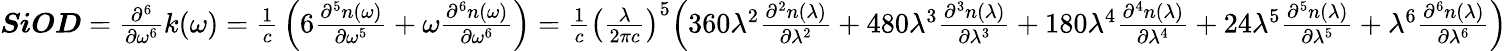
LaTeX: {\begin{array}{l}{{\boldsymbol{\mathit{SiOD}}}={\frac{{\partial}^{6}}{\partial{\omega}^{\mathrm{6}}}}k\mathrm{(}\omega\mathrm{)}={\frac{\mathrm{1}}{c}}\left(\mathrm{6}{\frac{{\partial}^{5}n\mathrm{(}\omega\mathrm{)}}{\partial{\omega}^{\mathrm{5}}}}+\omega{\frac{{\partial}^{6}n\mathrm{(}\omega\mathrm{)}}{\partial{\omega}^{\mathrm{6}}}}\right)={\frac{\mathrm{1}}{c}}{\left({\frac{\lambda}{\mathrm{2}\pi c}}\right)}^{\mathrm{5}}{\Bigl(}\mathrm{360}{\lambda}^{\mathrm{2}}{\frac{{\partial}^{2}n\mathrm{(}\lambda\mathrm{)}}{\partial{\lambda}^{\mathrm{2}}}}+\mathrm{480}{\lambda}^{\mathrm{3}}{\frac{{\partial}^{3}n\mathrm{(}\lambda\mathrm{)}}{\partial{\lambda}^{\mathrm{3}}}}+\mathrm{180}{\lambda}^{\mathrm{4}}{\frac{{\partial}^{4}n\mathrm{(}\lambda\mathrm{)}}{\partial{\lambda}^{\mathrm{4}}}}+\mathrm{24}{\lambda}^{\mathrm{5}}{\frac{{\partial}^{5}n\mathrm{(}\lambda\mathrm{)}}{\partial{\lambda}^{\mathrm{5}}}}+{\lambda}^{\mathrm{6}}{\frac{{\partial}^{6}n\mathrm{(}\lambda\mathrm{)}}{\partial{\lambda}^{\mathrm{6}}}}{\Bigr)}}\end{array}}